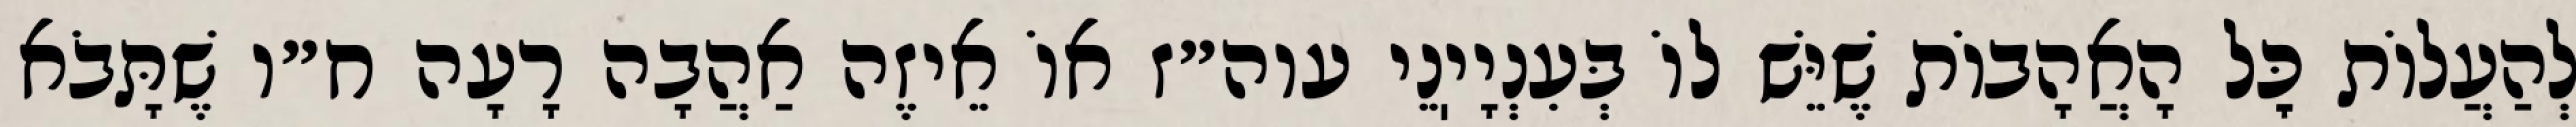
לְהַעֲלוֹת כׇּל הָאֲהָבוֹת שֶׁיֵּשׁ לוֹ בְּעִנְיָיֽנֵי עוה״ז אוֹ אֵיזֶה אַהֲבָה רָעָה ח״ו שֶׁתָּבֹא